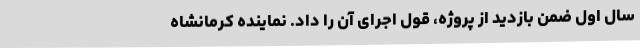
سال اول ضمن بازدید از پروژه، قول اجرای آن را داد. نماینده کرمانشاه